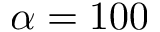
\alpha = 1 0 0